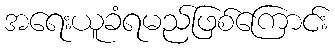
အရေးယူခံရမည်ဖြစ်ကြောင်း